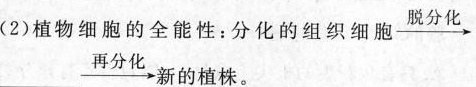
(2)植物细胞的全能性：分化的组织细胞脱分化、_再分化-新的植株。